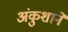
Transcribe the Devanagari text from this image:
अंकुशाने